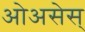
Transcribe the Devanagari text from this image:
ओअसेस्